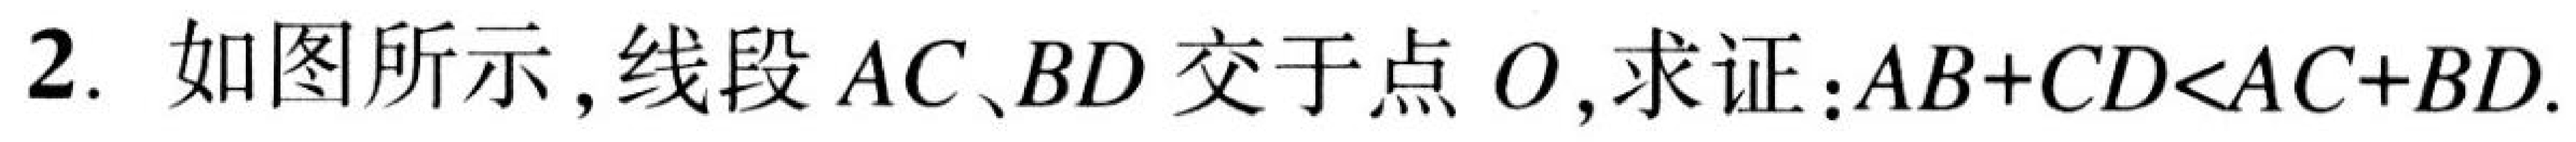
2. 如图所示，线段$AC、BD$交于点$O$，求证：$AB + CD < AC + BD$.